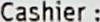
CASHIER :